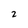
Character: 2